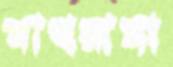
মাখরামা